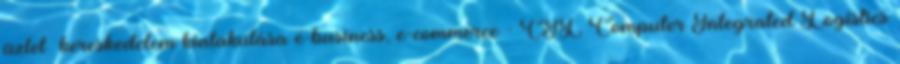
üzlet kereskedelem kialakulása e-business, e-commerce - CIL Computer Integrated Logistics